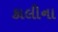
કાલીના